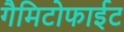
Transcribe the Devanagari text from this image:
गैमिटोफाईट